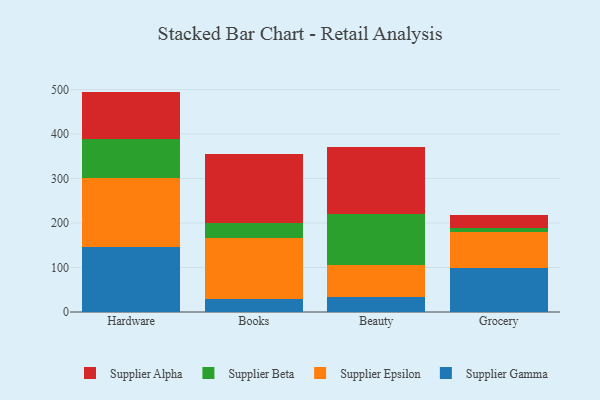
{"axis": {"x": "Category", "y": "Demand Index"}, "legend": ["Supplier Alpha", "Supplier Beta", "Supplier Epsilon", "Supplier Gamma"], "data": [{"x": "Hardware", "y": 145.9, "type": "Supplier Gamma"}, {"x": "Hardware", "y": 154.9, "type": "Supplier Epsilon"}, {"x": "Hardware", "y": 87.2, "type": "Supplier Beta"}, {"x": "Hardware", "y": 107.4, "type": "Supplier Alpha"}, {"x": "Books", "y": 29.9, "type": "Supplier Gamma"}, {"x": "Books", "y": 136.3, "type": "Supplier Epsilon"}, {"x": "Books", "y": 33.9, "type": "Supplier Beta"}, {"x": "Books", "y": 154.5, "type": "Supplier Alpha"}, {"x": "Beauty", "y": 34.7, "type": "Supplier Gamma"}, {"x": "Beauty", "y": 70.3, "type": "Supplier Epsilon"}, {"x": "Beauty", "y": 116.2, "type": "Supplier Beta"}, {"x": "Beauty", "y": 149.2, "type": "Supplier Alpha"}, {"x": "Grocery", "y": 98.5, "type": "Supplier Gamma"}, {"x": "Grocery", "y": 82.0, "type": "Supplier Epsilon"}, {"x": "Grocery", "y": 9.3, "type": "Supplier Beta"}, {"x": "Grocery", "y": 28.0, "type": "Supplier Alpha"}]}